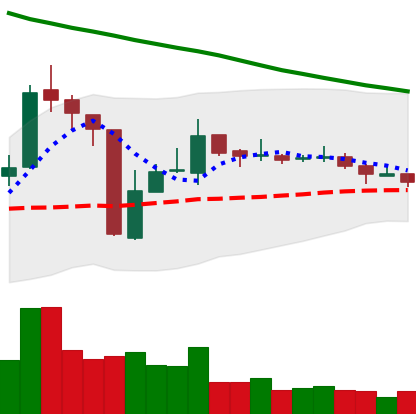
Ticker: TRX-USD
Chart end date: 2018-10-25
Forward return: -4.118%
Label: down_3_5